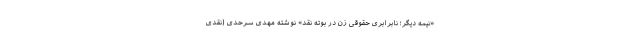
«نیمه دیگر؛ نابرابری حقوقی زن در بوته نقد» نوشته مهدی سرحدی (نقدی